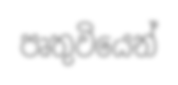
පෘතුවියෙන්